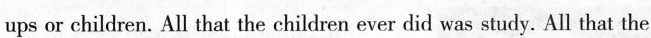
ups or children. All that the children ever did was study.All that the